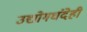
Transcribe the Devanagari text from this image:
उद्योगधंदेही